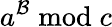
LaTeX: a^{\mathcal{B}}{\bmod{c}}